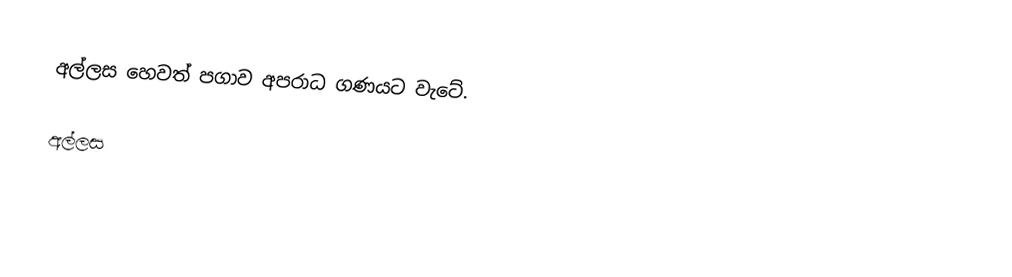
අල්ලස හෙවත් පගාව අපරාධ ගණයට වැටේ.

අල්ලස